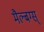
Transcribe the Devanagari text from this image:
मैल्बग्स्